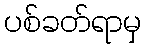
ပစ်ခတ်ရာမှ